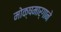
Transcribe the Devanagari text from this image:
मोक्षमार्गाने